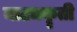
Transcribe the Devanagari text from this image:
नाट्यकॄती